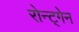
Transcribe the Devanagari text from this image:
रोन्ट्गेेन